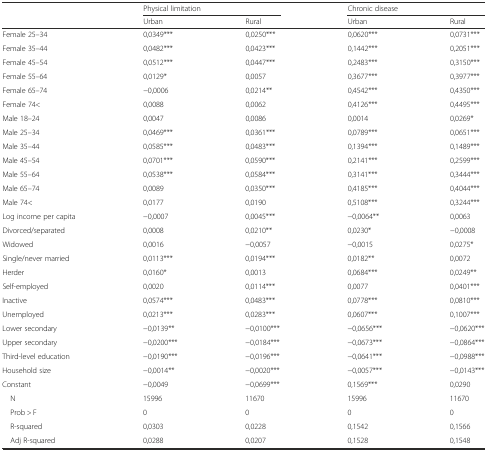
<table><thead><tr><td rowspan="2"></td><td colspan="2"><b>Physical limitation</b></td><td colspan="2"><b>Chronic disease</b></td></tr><tr><td><b>Urban</b></td><td><b>Rural</b></td><td><b>Urban</b></td><td><b>Rural</b></td></tr></thead><tbody><tr><td>Female 25–34</td><td>0,0349***</td><td>0,0250***</td><td>0,0620***</td><td>0,0731***</td></tr><tr><td>Female 35–44</td><td>0,0482***</td><td>0,0423***</td><td>0,1442***</td><td>0,2051***</td></tr><tr><td>Female 45–54</td><td>0,0512***</td><td>0,0447***</td><td>0,2483***</td><td>0,3150***</td></tr><tr><td>Female 55–64</td><td>0,0129*</td><td>0,0057</td><td>0,3677***</td><td>0,3977***</td></tr><tr><td>Female 65–74</td><td>−0,0006</td><td>0,0214**</td><td>0,4542***</td><td>0,4350***</td></tr><tr><td>Female 74&lt;</td><td>0,0088</td><td>0,0062</td><td>0,4126***</td><td>0,4495***</td></tr><tr><td>Male 18–24</td><td>0,0047</td><td>0,0086</td><td>0,0014</td><td>0,0269*</td></tr><tr><td>Male 25–34</td><td>0,0469***</td><td>0,0361***</td><td>0,0789***</td><td>0,0651***</td></tr><tr><td>Male 35–44</td><td>0,0585***</td><td>0,0483***</td><td>0,1394***</td><td>0,1489***</td></tr><tr><td>Male 45–54</td><td>0,0701***</td><td>0,0590***</td><td>0,2141***</td><td>0,2599***</td></tr><tr><td>Male 55–64</td><td>0,0538***</td><td>0,0584***</td><td>0,3141***</td><td>0,3444***</td></tr><tr><td>Male 65–74</td><td>0,0089</td><td>0,0350***</td><td>0,4185***</td><td>0,4044***</td></tr><tr><td>Male 74&lt;</td><td>0,0177</td><td>0,0190</td><td>0,5108***</td><td>0,3244***</td></tr><tr><td>Log income per capita</td><td>−0,0007</td><td>0,0045***</td><td>−0,0064**</td><td>0,0063</td></tr><tr><td>Divorced/separated</td><td>0,0008</td><td>0,0210**</td><td>0,0230*</td><td>−0,0008</td></tr><tr><td>Widowed</td><td>0,0016</td><td>−0,0057</td><td>−0,0015</td><td>0,0275*</td></tr><tr><td>Single/never married</td><td>0,0113***</td><td>0,0194***</td><td>0,0182**</td><td>0,0072</td></tr><tr><td>Herder</td><td>0,0160*</td><td>0,0013</td><td>0,0684***</td><td>0,0249**</td></tr><tr><td>Self-employed</td><td>0,0020</td><td>0,0114***</td><td>0,0077</td><td>0,0401***</td></tr><tr><td>Inactive</td><td>0,0574***</td><td>0,0483***</td><td>0,0778***</td><td>0,0810***</td></tr><tr><td>Unemployed</td><td>0,0213***</td><td>0,0283***</td><td>0,0607***</td><td>0,1007***</td></tr><tr><td>Lower secondary</td><td>−0,0139**</td><td>−0,0100***</td><td>−0,0656***</td><td>−0,0620***</td></tr><tr><td>Upper secondary</td><td>−0,0200***</td><td>−0,0184***</td><td>−0,0673***</td><td>−0,0864***</td></tr><tr><td>Third-level education</td><td>−0,0190***</td><td>−0,0196***</td><td>−0,0641***</td><td>−0,0988***</td></tr><tr><td>Household size</td><td>−0,0014**</td><td>−0,0020***</td><td>−0,0057***</td><td>−0,0143***</td></tr><tr><td>Constant</td><td>−0,0049</td><td>−0,0699***</td><td>0,1569***</td><td>0,0290</td></tr><tr><td> N</td><td>15996</td><td>11670</td><td>15996</td><td>11670</td></tr><tr><td> Prob &gt; F</td><td>0</td><td>0</td><td>0</td><td>0</td></tr><tr><td> R-squared</td><td>0,0303</td><td>0,0228</td><td>0,1542</td><td>0,1566</td></tr><tr><td> Adj R-squared</td><td>0,0288</td><td>0,0207</td><td>0,1528</td><td>0,1548</td></tr></tbody></table>